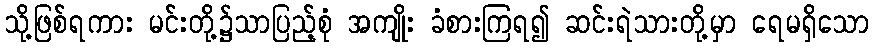
သို့ဖြစ်ရကား မင်းတို့၌သာပြည့်စုံ အကျိုး ခံစားကြရ၍ ဆင်းရဲသားတို့မှာ ရေမရှိသော